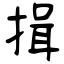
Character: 揖